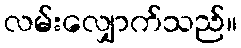
လမ်းလျှောက်သည်။